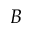
B